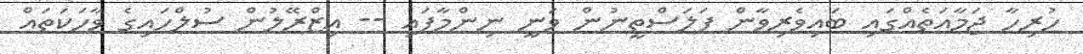
ހުރިހާ ޖަމާއަތެއްގައި ބައިވެރިވާން ފަލަސްތީނުން ވަނީ ނިންމާފައި -- އިޒްރޭލުން ސުލްހައިގެ ވާހަކަތައް